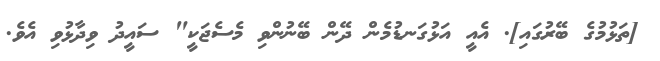
[ތަޅުމުގެ ބޭރުގައި]. އެއީ އަޅުގަނޑުމެން ދޭން ބޭނުންވި މެސެޖަކީ" ސައީދު ވިދާޅުވި އެވެ.